Report on vaccination proceedings throughout the Government of Bengal -
Year: 1868
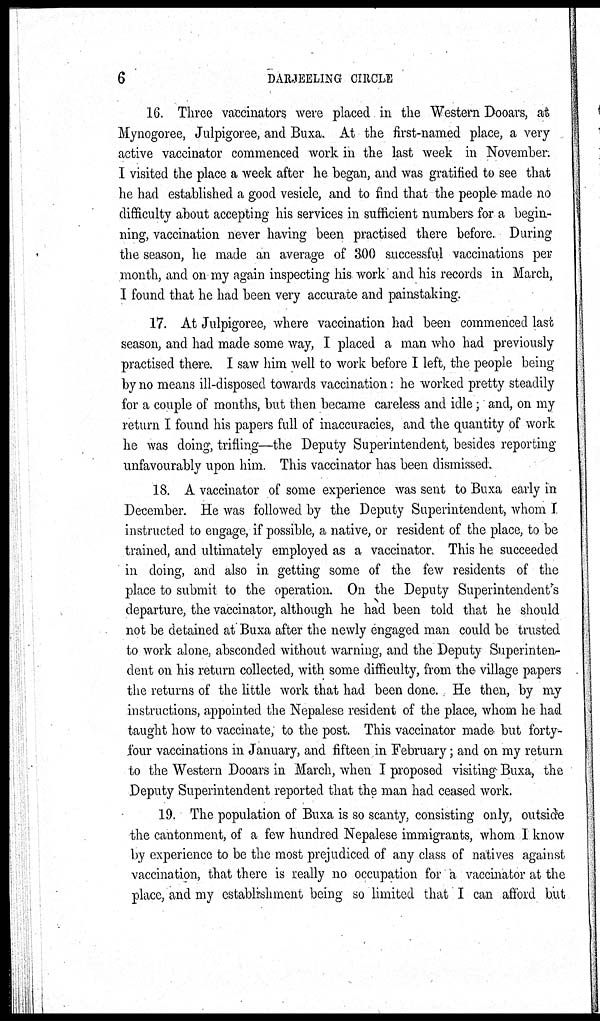
6
DARJEELING CIRCLE
16. Three vaccinators were placed in the Western Dooars, at
Mynogoree, Julpigoree, and Buxa. At the first-named place, a very
active vaccinator commenced work in the last week in November.
I visited the place a week after he began, and was gratified to see that
he had established a good vesicle, and to find that the people made no
difficulty about accepting his services in sufficient numbers for a begin-
ning, vaccination never having been practised there before. During
the season, he made an average of 300 successful vaccinations per
month, and on my again inspecting his work and his records in March,
I found that he had been very accurate and painstaking.
17. At Julpigoree, where vaccination had been commenced last
season, and had made some way, I placed a man who had previously
practised there. I saw him well to work before I left, the people being
by no means ill-disposed towards vaccination: he worked pretty steadily
for a couple of months, but then became careless and idle; and, on my
return I found his papers full of inaccuracies, and the quantity of work
he was doing, trifling—the Deputy Superintendent, besides reporting
unfavourably upon him. This vaccinator has been dismissed.
18. A vaccinator of some experience was sent to Buxa early in
December. He was followed by the Deputy Superintendent, whom I
instructed to engage, if possible, a native, or resident of the place, to be
trained, and ultimately employed as a vaccinator. This he succeeded
in doing, and also in getting some of the few residents of the
place to submit to the operation. On the Deputy Superintendent's
departure, the vaccinator, although he had been told that he should
not be detained at Buxa after the newly engaged man could be trusted
to work alone, absconded without warning, and the Deputy Superinten-
dent on his return collected, with some difficulty, from the village papers
the returns of the little work that had been done. He then, by my
instructions, appointed the Nepalese resident of the place, whom he had
taught how to vaccinate, to the post. This vaccinator made but forty-
four vaccinations in January, and fifteen in February; and on my return
to the Western Dooars in March, when I proposed visiting Buxa, the
Deputy Superintendent reported that the man had ceased work.
19. The population of Buxa is so scanty, consisting only, outside
the cantonment, of a few hundred Nepalese immigrants, whom I know
by experience to be the most prejudiced of any class of natives against
vaccination, that there is really no occupation for a vaccinator at the
place, and my establishment being so limited that I can afford but